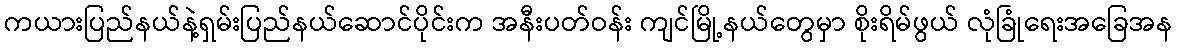
ကယားပြည်နယ်နဲ့ရှမ်းပြည်နယ်ဆောင်ပိုင်းက အနီးပတ်ဝန်း ကျင်မြို့နယ်တွေမှာ စိုးရိမ်ဖွယ် လုံခြုံရေးအခြေအန